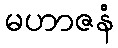
မဟာဇနံ